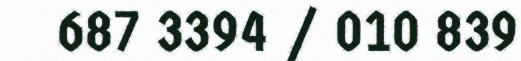
687 3394 / 010 839